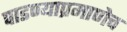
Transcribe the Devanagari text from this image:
पाडण्याप्रमाणेच